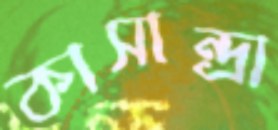
কাসান্দ্রা